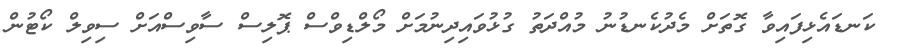
ކަނޑައެޅިފައިވާ ގޮތަށް މެދުކެނޑުނު މުއްދަތު ގުޅުވައިދިނުމަށް މޯލްޑިވްސް ޕޮލިސް ސާވިސްއަށް ސިވިލް ކޯޓުން